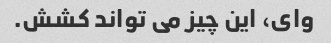
وای، این چیز می تواند کشش.